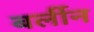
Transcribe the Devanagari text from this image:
बर्लीन